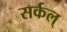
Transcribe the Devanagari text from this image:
सर्कल्